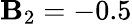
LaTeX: \mathbf{B}_{2}=-0.5